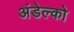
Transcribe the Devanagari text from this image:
अंडेल्को